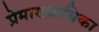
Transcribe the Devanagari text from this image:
प्रेमाख्यायिका